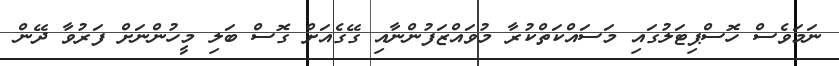
ނަމަވެސް ހޮސްޕިޓަލުގައި މަސައްކަތްކުރާ މުވައްޒަފުންނާއި ގޭގެއަށް ގޮސް ބަލި މީހުންނަށް ފަރުވާ ދޭން